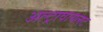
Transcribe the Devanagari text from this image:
अल्ट्रावायलट